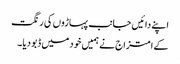
اپنے دائیں جانب پہاڑوں کی رنگت
کے امتزاج نے ہمیں خود میں ڈبو دیا۔